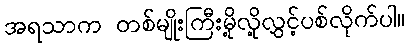
အရသာက တစ်မျိုးကြီးမို့လို့လွှင့်ပစ်လိုက်ပါ။